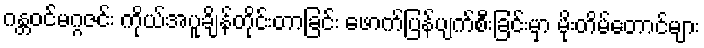
ဂန္တဝင်မဂ္ဂဇင်း ကိုယ်အပူချိန်တိုင်းတာခြင်း ဖောက်ပြန်ပျက်စီးခြင်းမှာ မိုးတိမ်တောင်များ